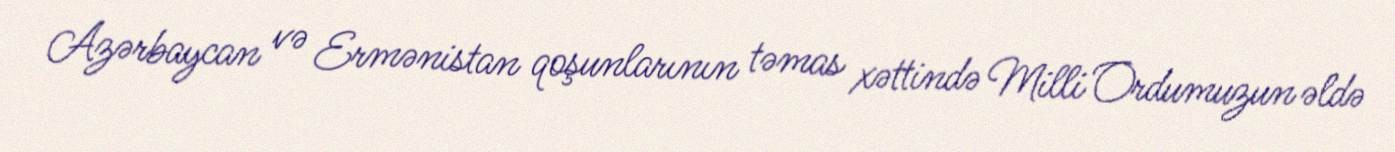
Azərbaycan və Ermənistan qoşunlarının təmas xəttində Milli Ordumuzun əldə